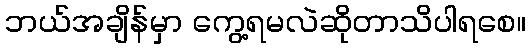
ဘယ်အချိန်မှာ ကွေ့ရမလဲဆိုတာသိပါရစေ။